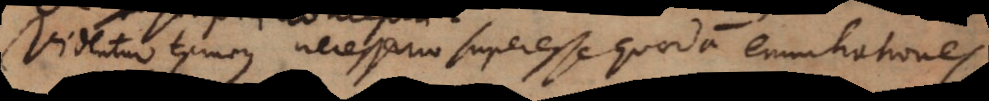
Videntur tamen necessario superesse quaedam enuntiationes